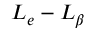
L _ { e } - L _ { \beta }